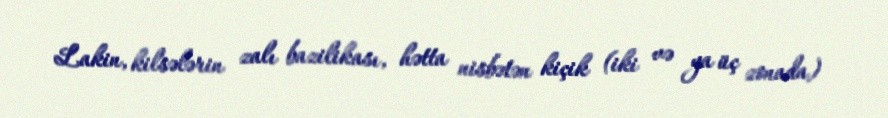
Lakin, kilsələrin zalı bazilikası, hətta nisbətən kiçik (iki və ya üç zonada)